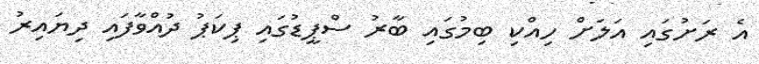
އެ ރަށުގައި އަލަށް ހިއްކި ބިމުގައި ބާރު ސްޕީޑުގައި ޕިކަޕު ދުއްވާފައި ދިޔައިރު